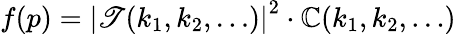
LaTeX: f(p)=\left|\mathscr{T}(k_{1},k_{2},\ldots)\right|^{2}\cdot\mathbb{C}(k_{1},k_{2},\ldots)